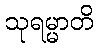
သုရမ္မာတိ